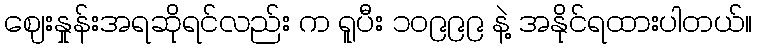
ဈေးနှုန်းအရဆိုရင်လည်း က ရူပီး ၁၀၉၉၉ နဲ့ အနိုင်ရထားပါတယ်။